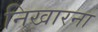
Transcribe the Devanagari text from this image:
निखारना